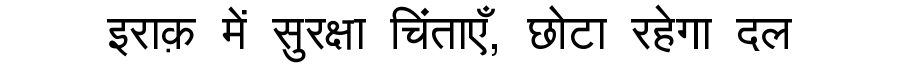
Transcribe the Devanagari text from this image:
इराक़ में सुरक्षा चिंताएँ, छोटा रहेगा दल